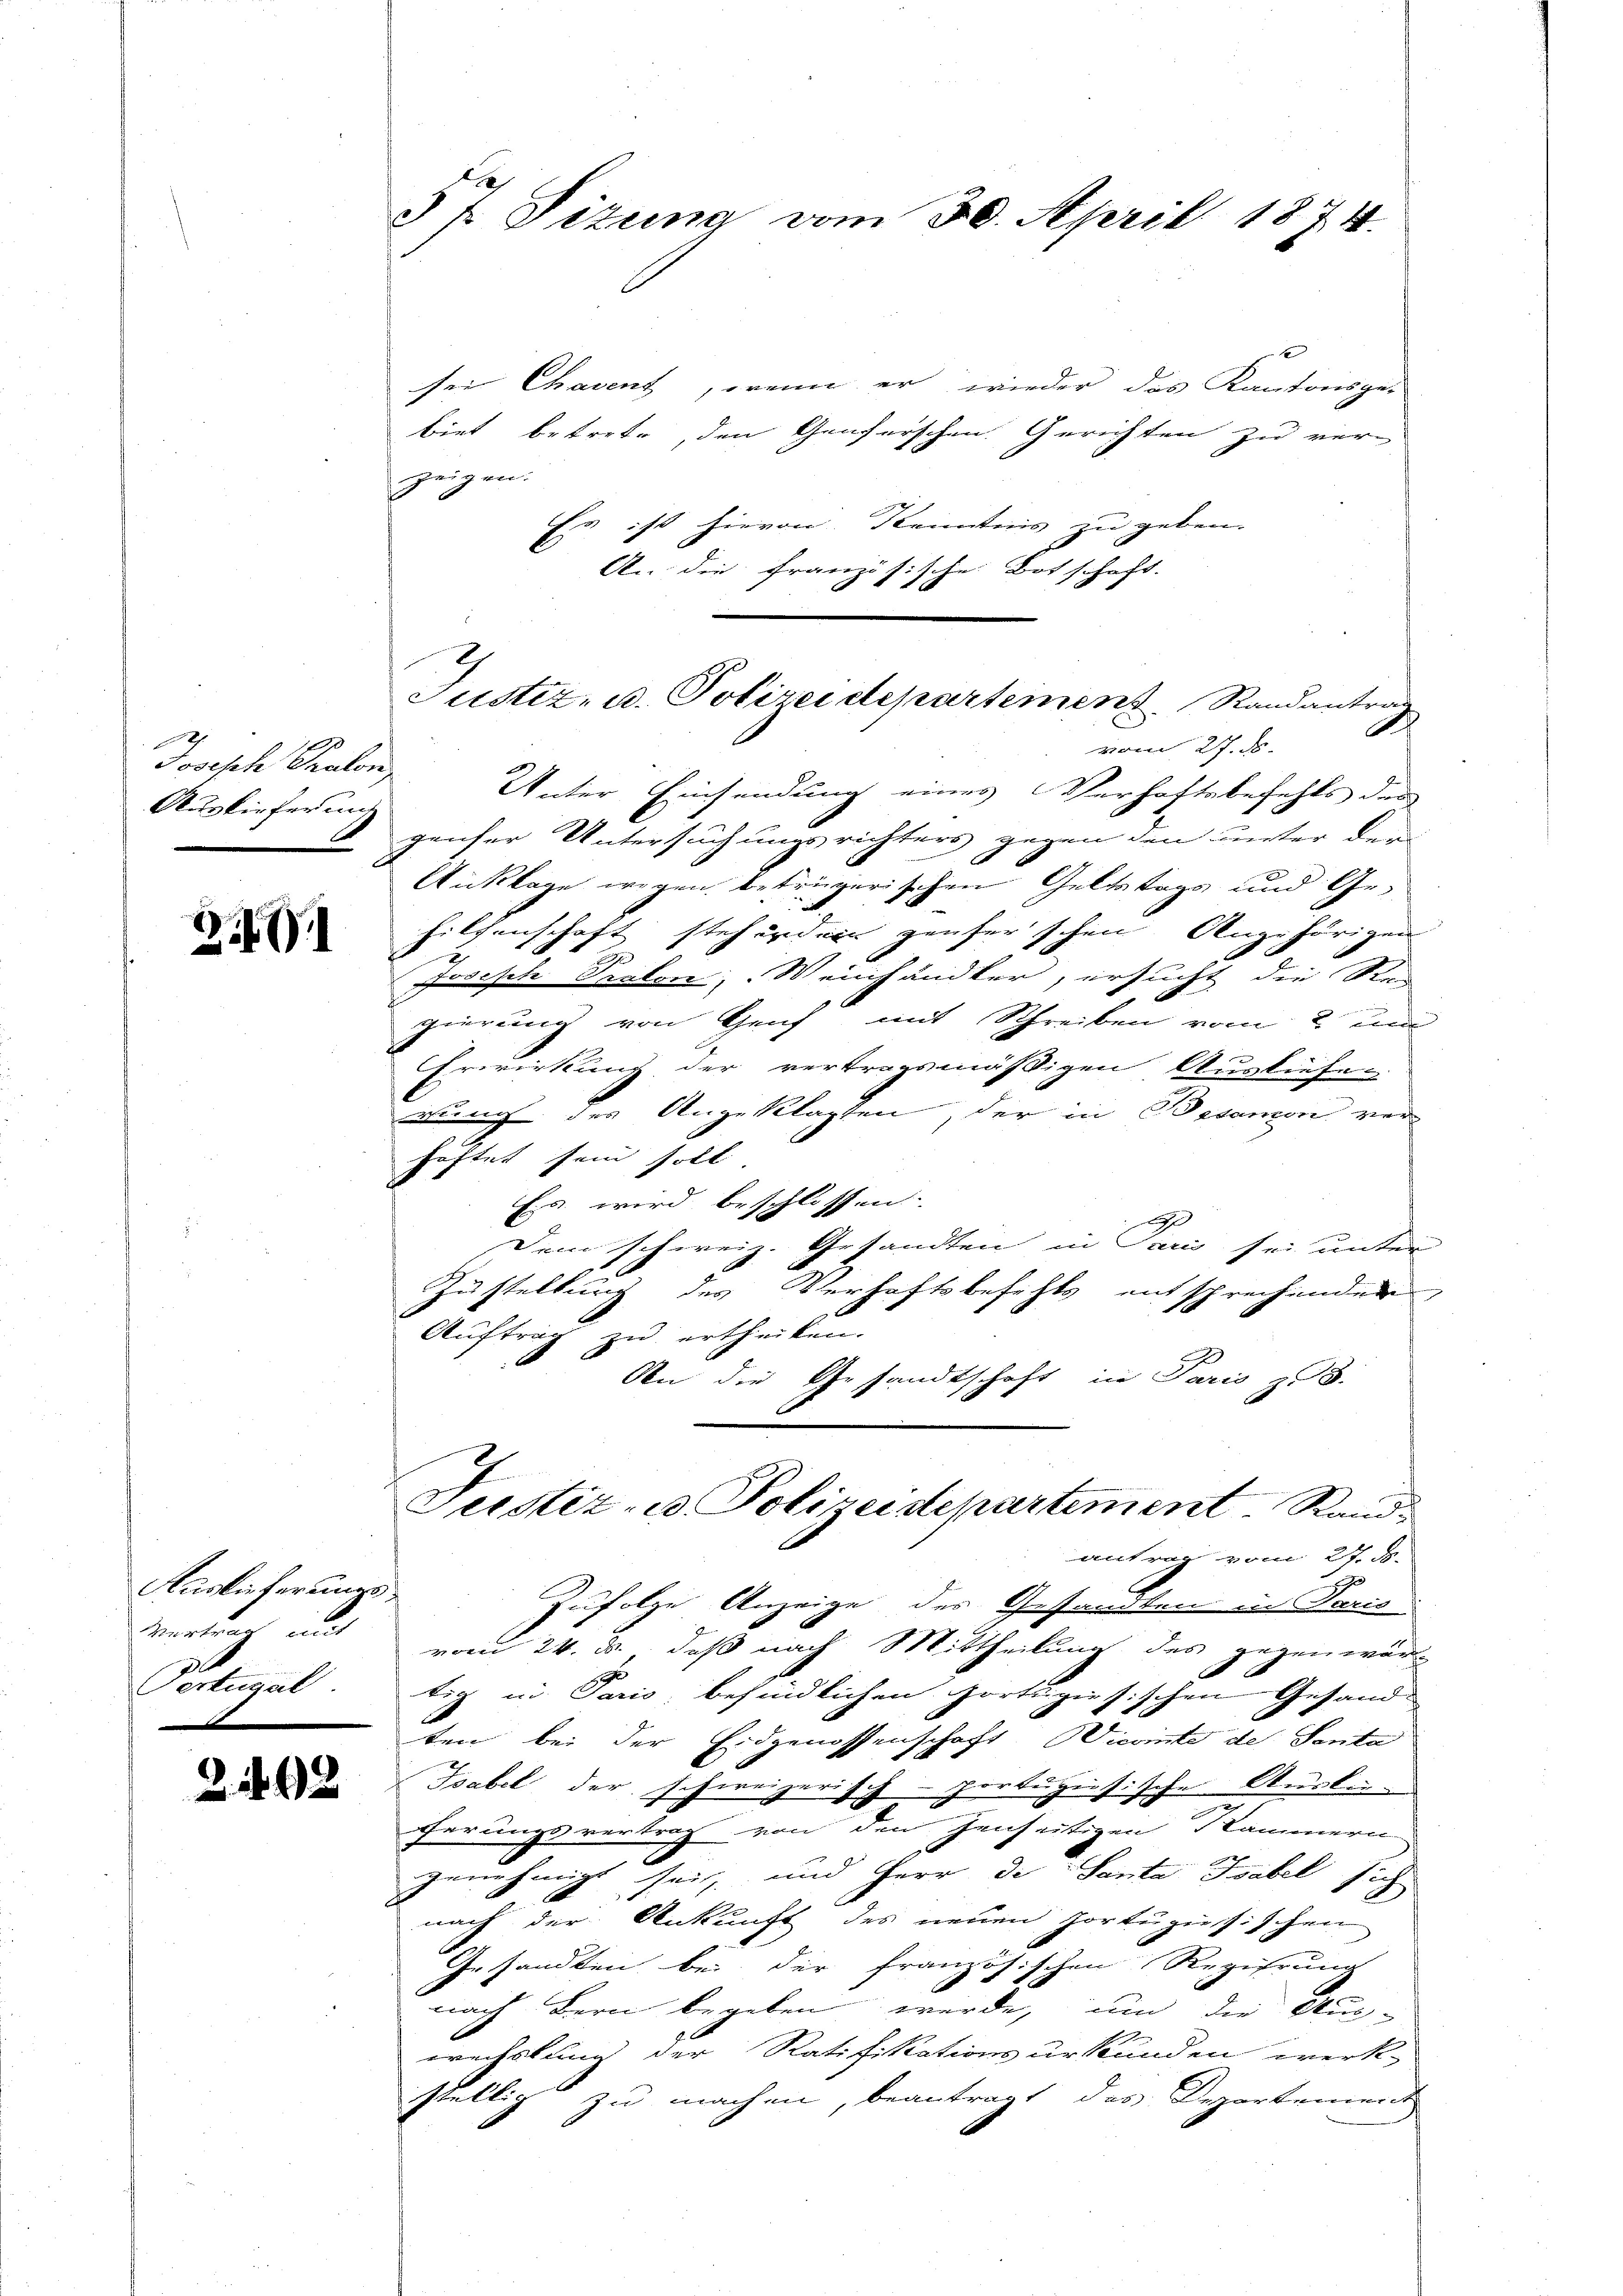
29.
Joseph Prator
Auslieferung

21

Käslisterungs
warten, mit
d
Sertural

2492

§ 7. Sizung vom 30. April 1874.

sei Chavent, wenn er wieder das Kantonsge-
biet betrete, den Genferschen Gerichten zu ver-
zeigen.
Es ist hievon Kenntnis zu geben.
An die französische Botschaft.
i
Unter Einsendung eines Verhaftsbefehls der
genser Untersuchungsrichters gegen den unter der
Anklage wegen beträgerischen Geltstags und Gehilsenschaft stehendern zeuferschen Angehörigen
.
Joseph Gralon, Weinhändler, ersucht die Rei
gierung von Genf mit Schreiben vom 2 un
Erwirkung der vertragsmäßigen Ausliefe-
gung des Angeklagten, der in Besanon verhaftet sein soll
Es wird beschlossen. |
Dem schweiz. Gesandten in Pari sei unter
Zustellung des Verhaftsbefehls entsprechenden
Auftrag zu ertheilen.
d
An die Gesandtschaft in Paris zu 8.
Justiz- u. Polizeidepartement. Sandantrag vom 27. 55.
s
Zufolge Anzeige des Gesandten in Paris
vom 24. ds., daß nach Mittheilung des gegenwär
e
tig in Paris, befindlichen Fortspiesischen Gesand-
ten bei der Eidgenossenschaft Wievinte des Santa
sche Ausli
Tabel der schweizerisch-Horbegeis
e
ferungsvertrag von den Jenseitigen Kammern
genehmigt sei, und Herr de Santa Tabel sich
nach der Ankunft des neuen Portugisischen
Gesandten bei der französischen Regierung
nach Bern begeben werde, um die Aus-
wechslung der Ratifikationsurkunden werk-
stellig zu machen, beantragt, das Departement

Justiz- u. Polizeidepartement. Randantrag
vom 27. ds.